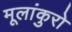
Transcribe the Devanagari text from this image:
मूलांकुरो